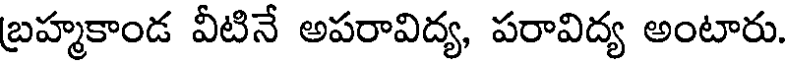
బ్రహ్మకాండ వీటినే అపరావిద్య, పరావిద్య అంటారు.